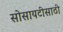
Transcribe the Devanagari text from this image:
सोसायटीसाठी